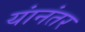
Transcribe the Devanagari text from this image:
यांनंतर